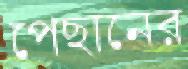
পেছানের